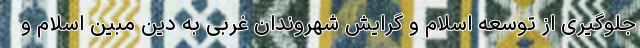
جلوگیری از توسعه اسلام و گرایش شهروندان غربی به دین مبین اسلام و